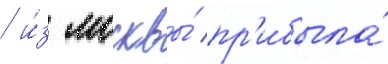
/ и́з москвы́ пр'ибыла́